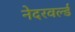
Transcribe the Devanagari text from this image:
नेदरवर्ल्ड